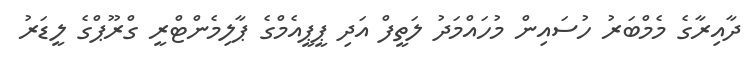
ދާއިރާގެ މެމްބަރު ހުސައިން މުހައްމަދު ލަތީފް އަދި ޕީޕީއެމްގެ ޕާލިމެންޓްރީ ގްރޫޕްގެ ލީޑަރު